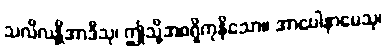
သလိလန္တိအာဒီသု၊ ဤသို့အစရှိကုနိသော။ အာပေါနာမေသု၊